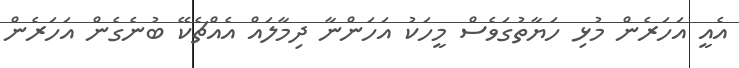
އެއީ އަހަރެން މުޅި ހަޔާތުގަވެސް މީހަކު އަހަންނާ ދިމާލައް އެއްޗެކޭ ބުނެގެން އަހަރެން